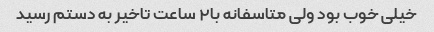
خیلی خوب بود ولی متاسفانه با۲ ساعت تاخیر به دستم رسید